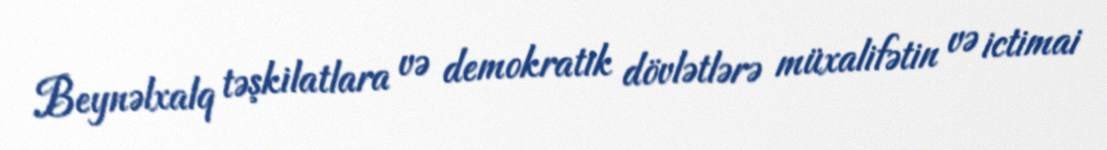
Beynəlxalq təşkilatlara və demokratik dövlətlərə müxalifətin və ictimai